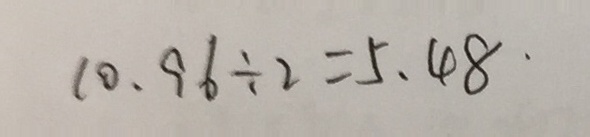
1 0 . 9 6 \div 2 = 5 . 4 8 \cdot